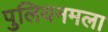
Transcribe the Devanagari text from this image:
पुलियनमला